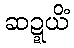
ဆဍ္ဍယိံ